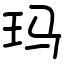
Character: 玛